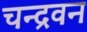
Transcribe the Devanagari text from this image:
चन्द्रवन